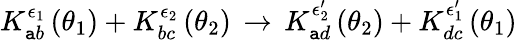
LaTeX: K_{\mathtt{a}b}^{\epsilon_{1}}\left(\theta_{1}\right)+K_{bc}^{\epsilon_{2}}\left(\theta_{2}\right)\, \rightarrow\, K_{\mathtt{a}d}^{\epsilon_{2}^{\prime}}\left(\theta_{2}\right)+K_{dc}^{\epsilon_{1}^{\prime}}\left(\theta_{1}\right)